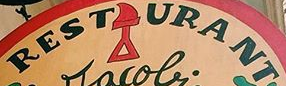
REST URANT